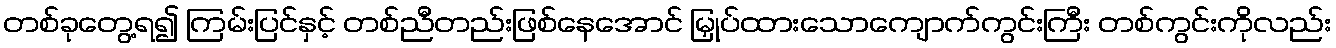
တစ်ခုတွေ့ရ၍ ကြမ်းပြင်နှင့် တစ်ညီတည်းဖြစ်နေအောင် မြှုပ်ထားသောကျောက်ကွင်းကြီး တစ်ကွင်းကိုလည်း